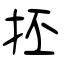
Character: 抷